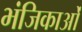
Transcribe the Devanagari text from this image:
भंजिकाओं